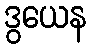
ဒွယေန